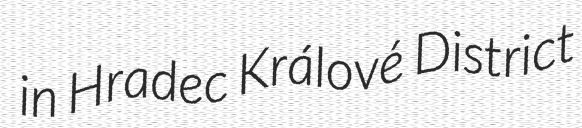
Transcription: in Hradec Králové District